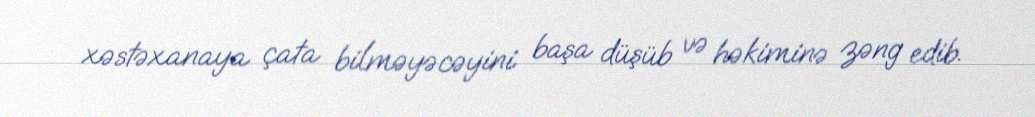
xəstəxanaya çata bilməyəcəyini başa düşüb və həkiminə zəng edib.